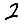
Digit: 2